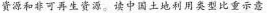
资源和非可再生资源。读中国土地利用类型比重示意